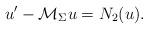
LaTeX: \begin{align*}u'-\mathcal{M}_\Sigma u=N_2(u).\end{align*}